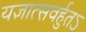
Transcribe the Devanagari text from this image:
यज्ञात्सवर्हुतऽ